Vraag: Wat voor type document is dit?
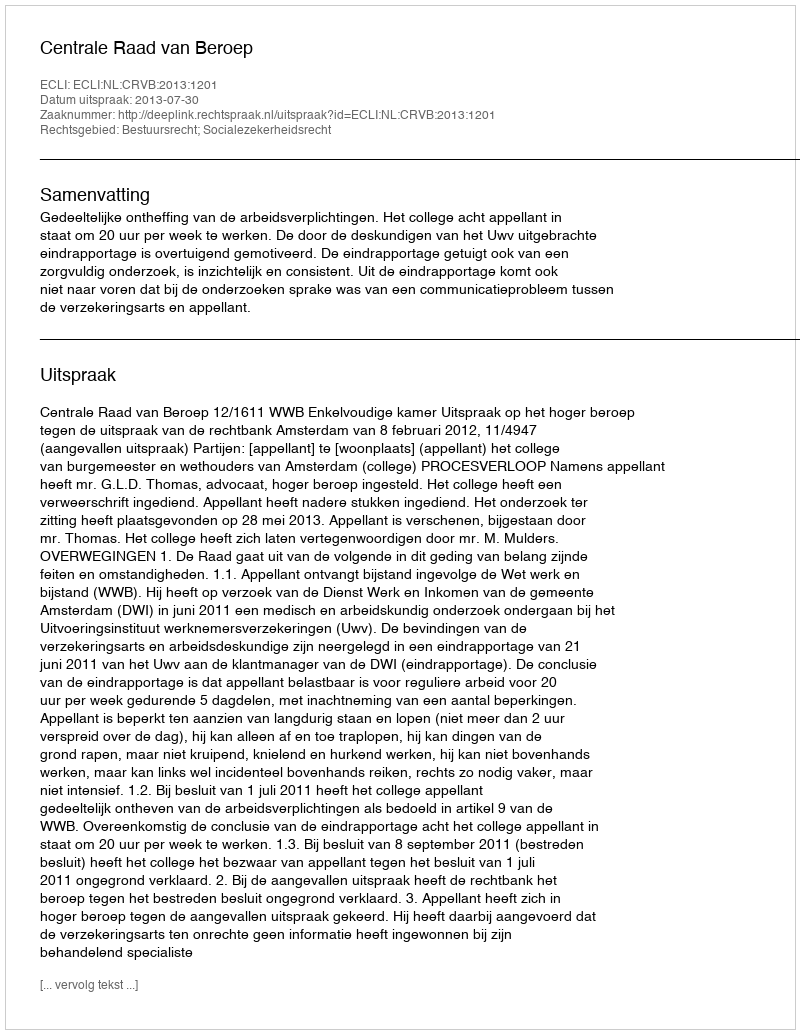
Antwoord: Uitspraak